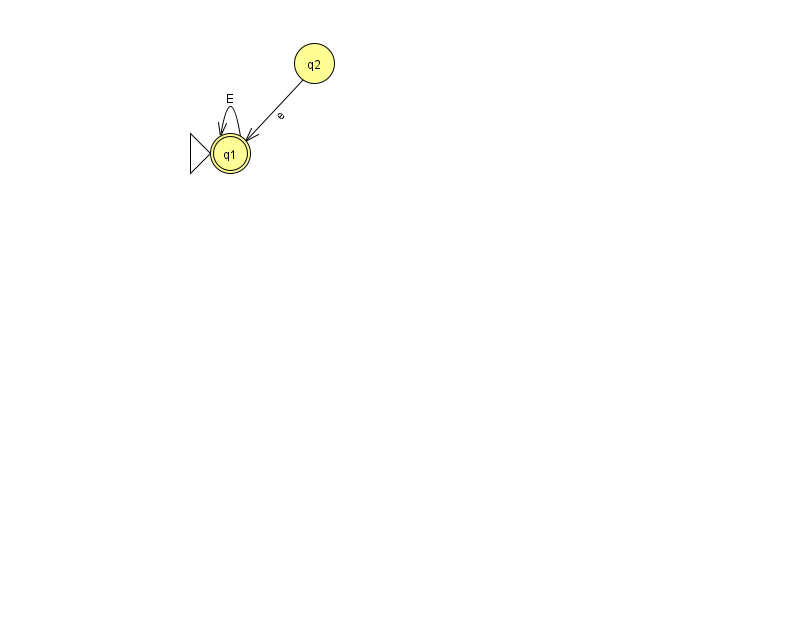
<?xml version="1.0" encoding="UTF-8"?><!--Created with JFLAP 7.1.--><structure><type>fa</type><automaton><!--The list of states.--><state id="1" name="q1"><x>230.0</x><y>140.0</y><initial/><final/></state><state id="2" name="q2"><x>314.0</x><y>50.0</y></state><!--The list of transitions.--><transition><from>1</from><to>1</to><read>E</read></transition><transition><from>2</from><to>1</to><read>e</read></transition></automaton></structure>